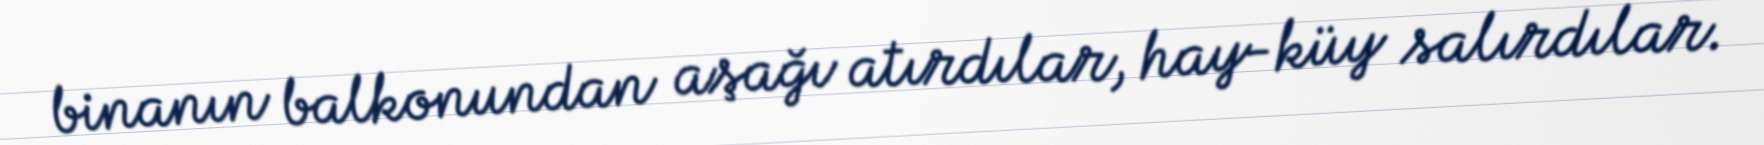
binanın balkonundan aşağı atırdılar, hay-küy salırdılar.